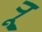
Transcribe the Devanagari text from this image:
र्‍ाू